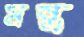
মন্ত্র